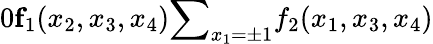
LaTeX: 0\le f_{1}(x_{2},x_{3},x_{4})\le\sum_{x_{1}=\pm 1}f_{2}(x_{1},x_{3},x_{4})